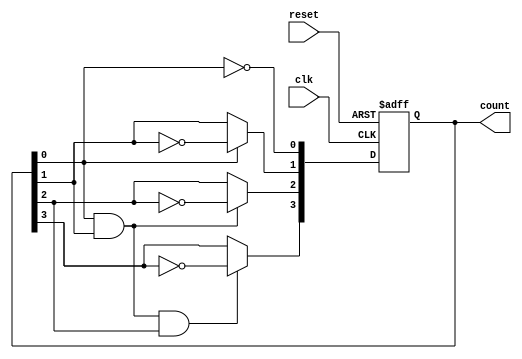
module ripple_counter (
    input wire clk,        // Clock input
    input wire reset,      // Asynchronous reset input
    output reg [3:0] count // 4-bit count output
);

// Always block triggered on the rising edge of the clock or the reset signal
always @(posedge clk or posedge reset) begin
    if (reset) begin
        count <= 4'b0000; // Reset the counter to 0
    end else begin
        // Ripple counting logic
        count[0] <= ~count[0]; // Toggle LSB
        count[1] <= count[0] ? ~count[1] : count[1]; // Toggle next bit on LSB falling edge
        count[2] <= (count[0] & count[1]) ? ~count[2] : count[2]; // Toggle next bit on both LSB and second bit falling edge
        count[3] <= (count[0] & count[1] & count[2]) ? ~count[3] : count[3]; // Toggle MSB on all lower bits falling edge
    end
end

endmodule